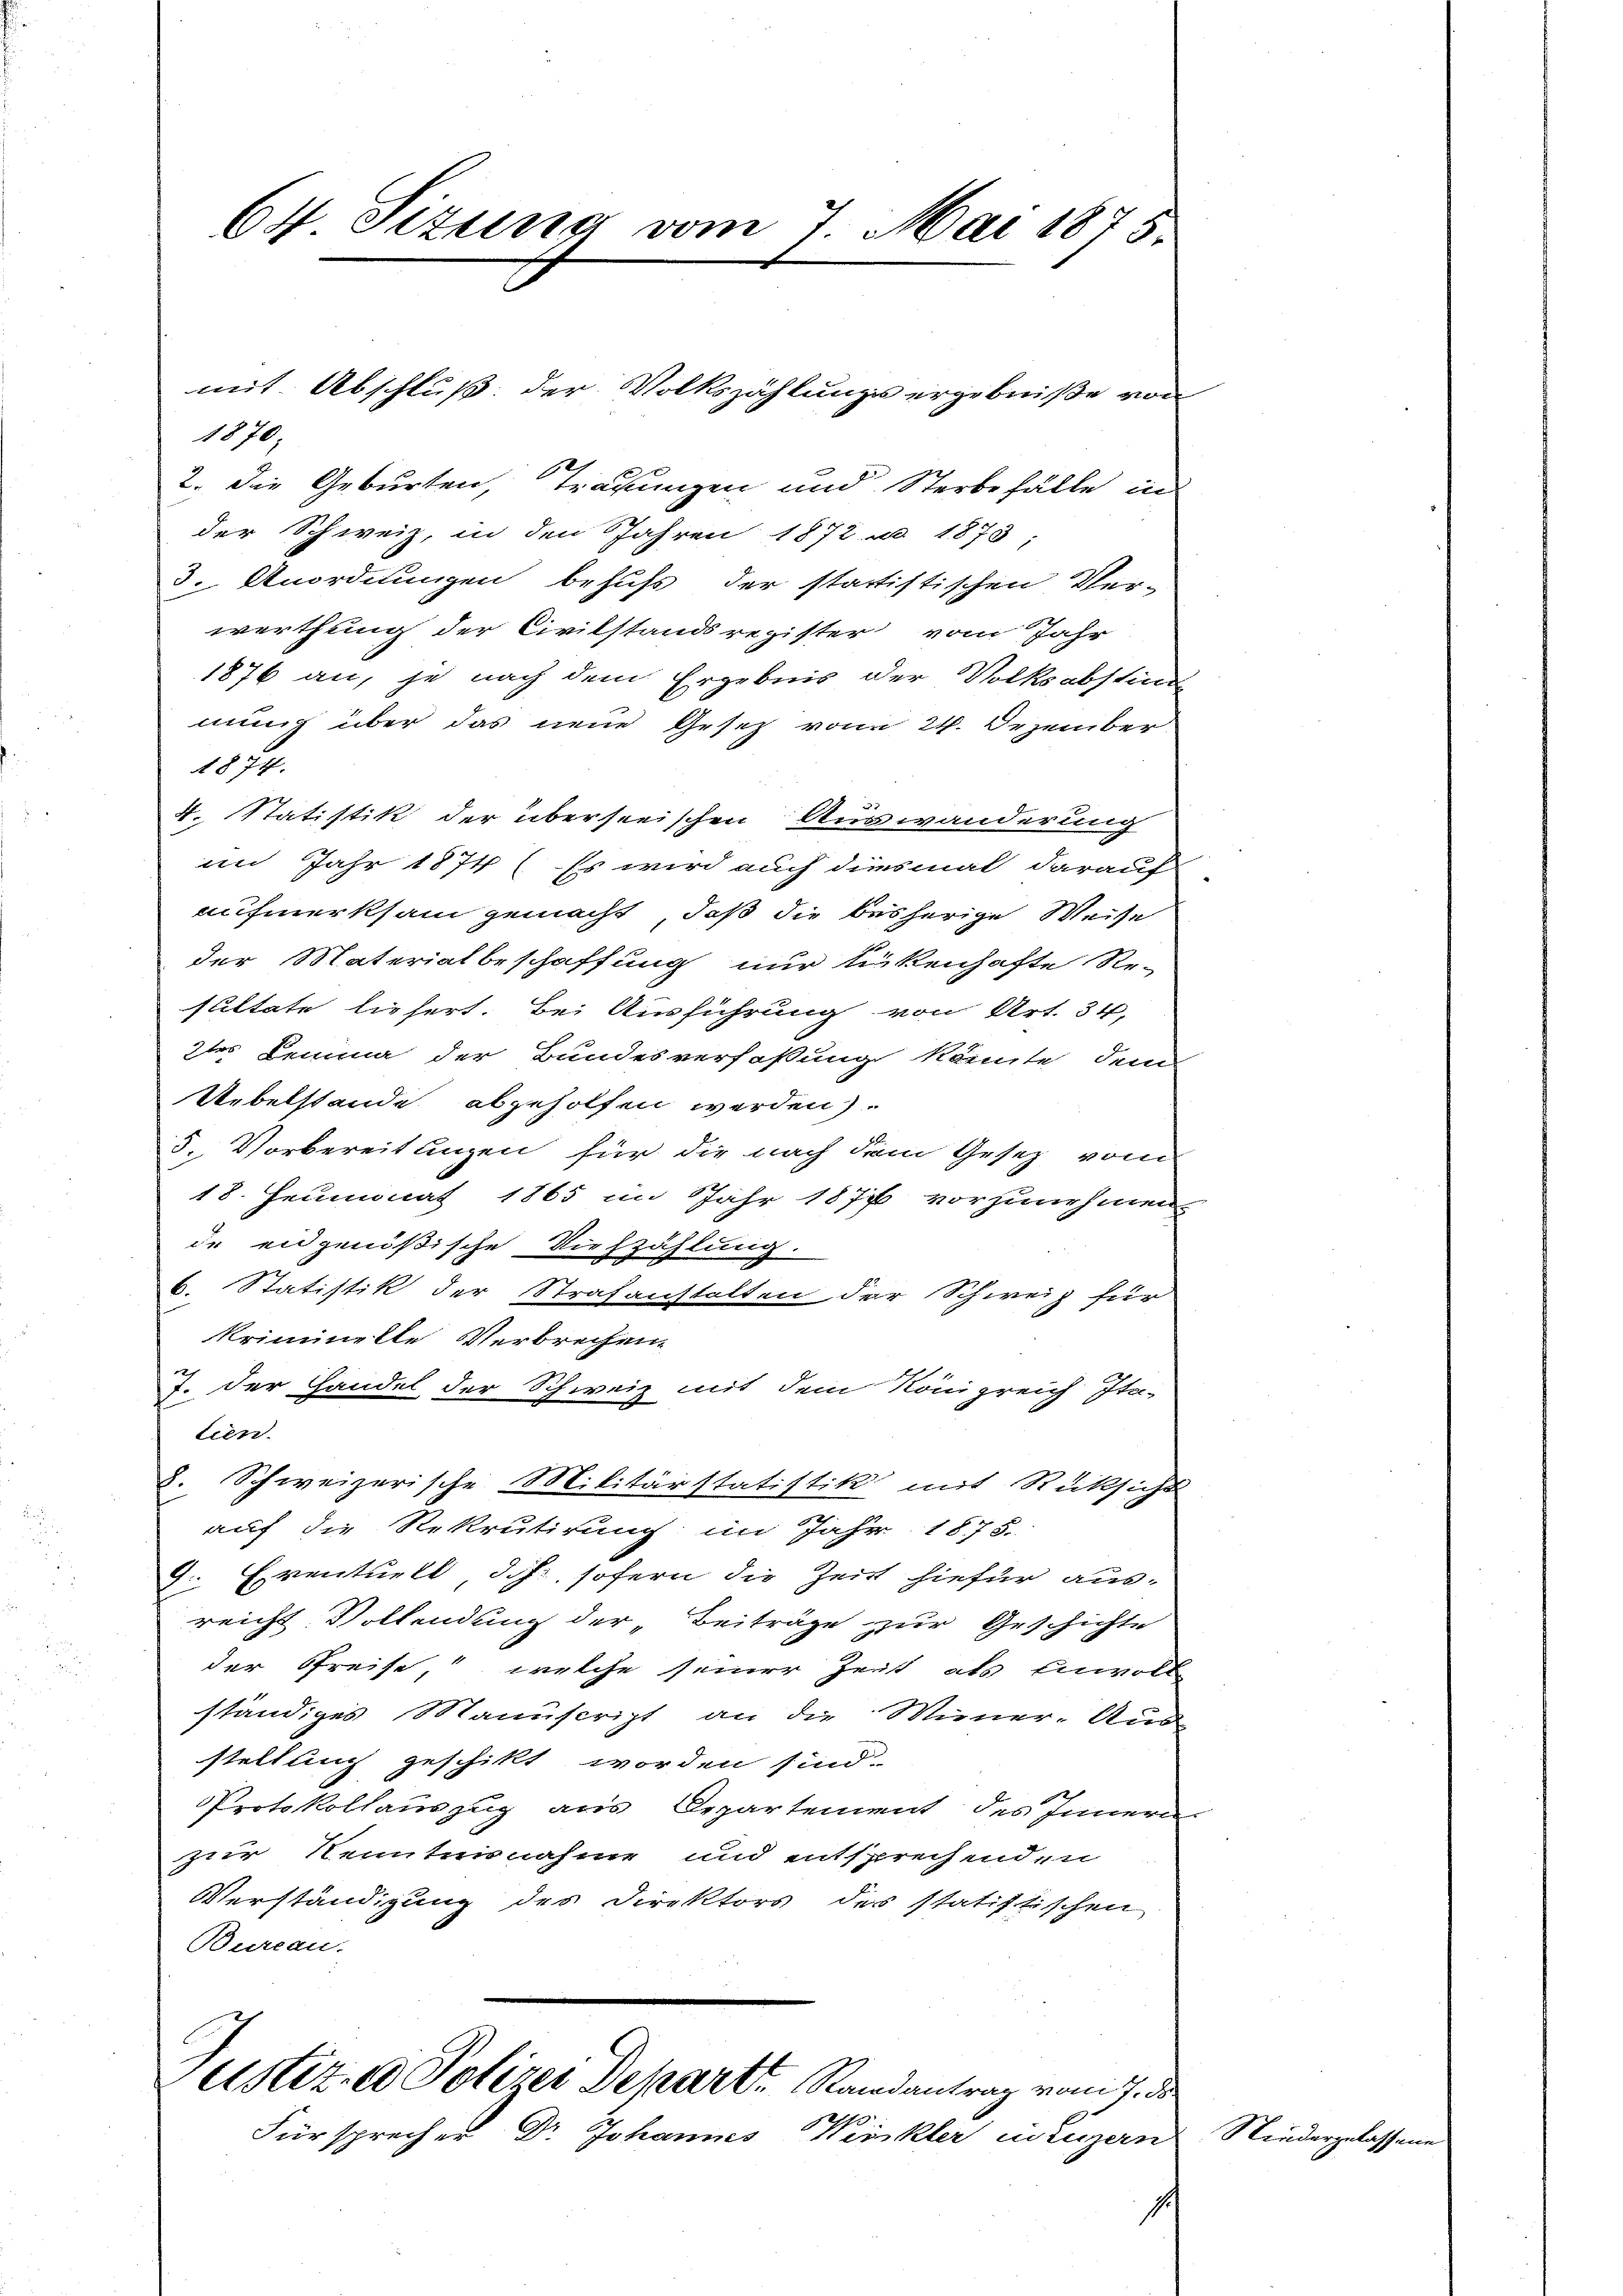
64 Sizung vom 7. Mai 1875.

1870;
2. Die Geburten, Tragungen und Sterbefälle in
der Schweiz, in den Jahren 1872 u. 1873:
3. Anordnungen behufs der statistischen Ver-
werthung der Civilstandsregister vom Jahr
1876 an, je nach dem Ergebnis der Volksabstim
mung über das neue Gesetz von 24. Dezember
1077.
4. Statistik der übersteischen Auswanderung
im Jahr 1874 ( Es wird auch diesmal darauf
aufmerksam gemacht, daß die besherige Weise
der Materialbeschaffung nur linkenhafte Re-
sultate liefert. Bei Ausführung von Art. 34,
2tes Lemma der Bundesverfaßung könnte, dem
Uebelstande abgeholfen werden)
5. Vorbereitungen für die nach dem Gesetz vom
18. Heumonat 1865 im Jahr 1877 vorzunehmen
de eidgenößische Viehzählung.
6. Statistik der Strafanstalten der Schweiz für
kriminelle Verbrechen
7. Der Handel der Schweiz mit dem Königreich Ita-
tien.
z. Schweizerische Militärstatistik mit Rücksicht
auf die Rekrutirung im Jahr 1875.
J. Eventuell, daß sofern die Zeit hiefür ausreicht. Vollendung der „Beiträge zur Geschichte
der Preise, welche seiner Zeit als Einvoll
ständiges Manuscript an die Miener. Aus
stellung geschikt worden sind.
Protokollauszug aus Departement des Innern
zur Kenntnisnahme und entsprechenden
Verständigung des Direktors des statistischen
Bureau.
ustiz, ad Polizei Depart. Randantrag vom 7. d.
0
Fürsprecher Dr Johannes Winkler Luzern

mit. Abschluß der Volkszählungs ergebniße von

Niedergelasse